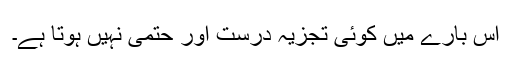
اس بارے میں کوئی تجزیہ درست اور حتمی نہیں ہوتا ہے۔